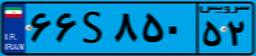
۸۶S۸۱۶۰۴